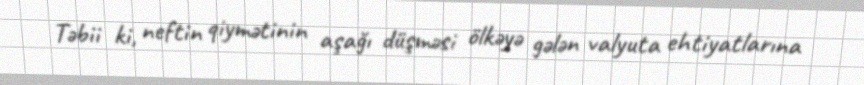
Təbii ki, neftin qiymətinin aşağı düşməsi ölkəyə gələn valyuta ehtiyatlarına